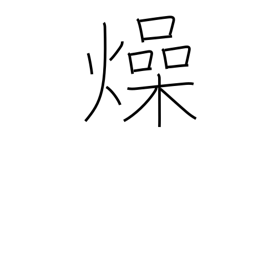
Meaning: parch